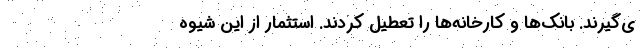
ی‌گیرند. بانک‌ها و کارخانه‌ها را تعطیل کردند. استثمار از این شیوه